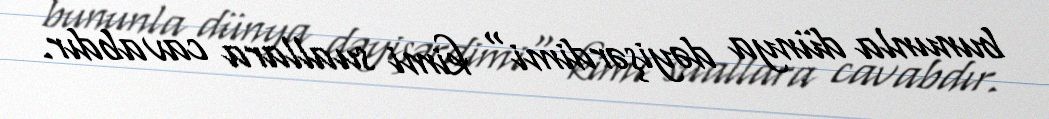
bununla dünya dəyişərdimi" kimi suallara cavabdır.